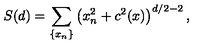
S ( d ) = \sum _ { \{ x _ { n } \} } \left( x _ { n } ^ { 2 } + c ^ { 2 } ( x ) \right) ^ { d / 2 - 2 } ,